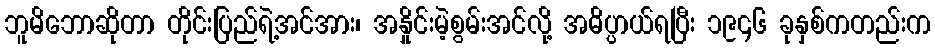
ဘူမိဘောဆိုတာ တိုင်းပြည်ရဲ့အင်အား၊ အနှိုင်းမဲ့စွမ်းအင်လို့ အဓိပ္ပာယ်ရပြီး ၁၉၄၆ ခုနှစ်ကတည်းက